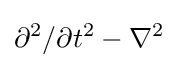
\partial ^{2}/\partial t^{2}-\nabla ^{2}